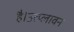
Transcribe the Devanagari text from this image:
है।उत्प्लावन